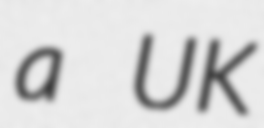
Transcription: a UK